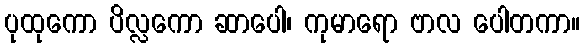
ပုထုကော ပိလ္လကော ဆာပေါ၊ ကုမာရော ဗာလ ပေါတကာ။